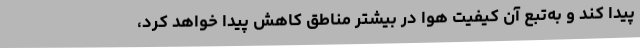
پیدا کند و به‌تبع آن کیفیت هوا در بیشتر مناطق کاهش پیدا خواهد کرد،